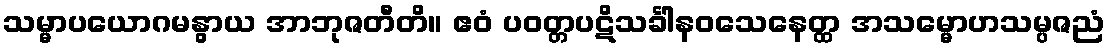
သမ္မာပယောဂမနွာယ အာဘုဇတီတိ။ ဧဝံ ပဝတ္တပဋိသင်္ခါနဝသေနေတ္ထ အသမ္မောဟသမ္ပဇညံ